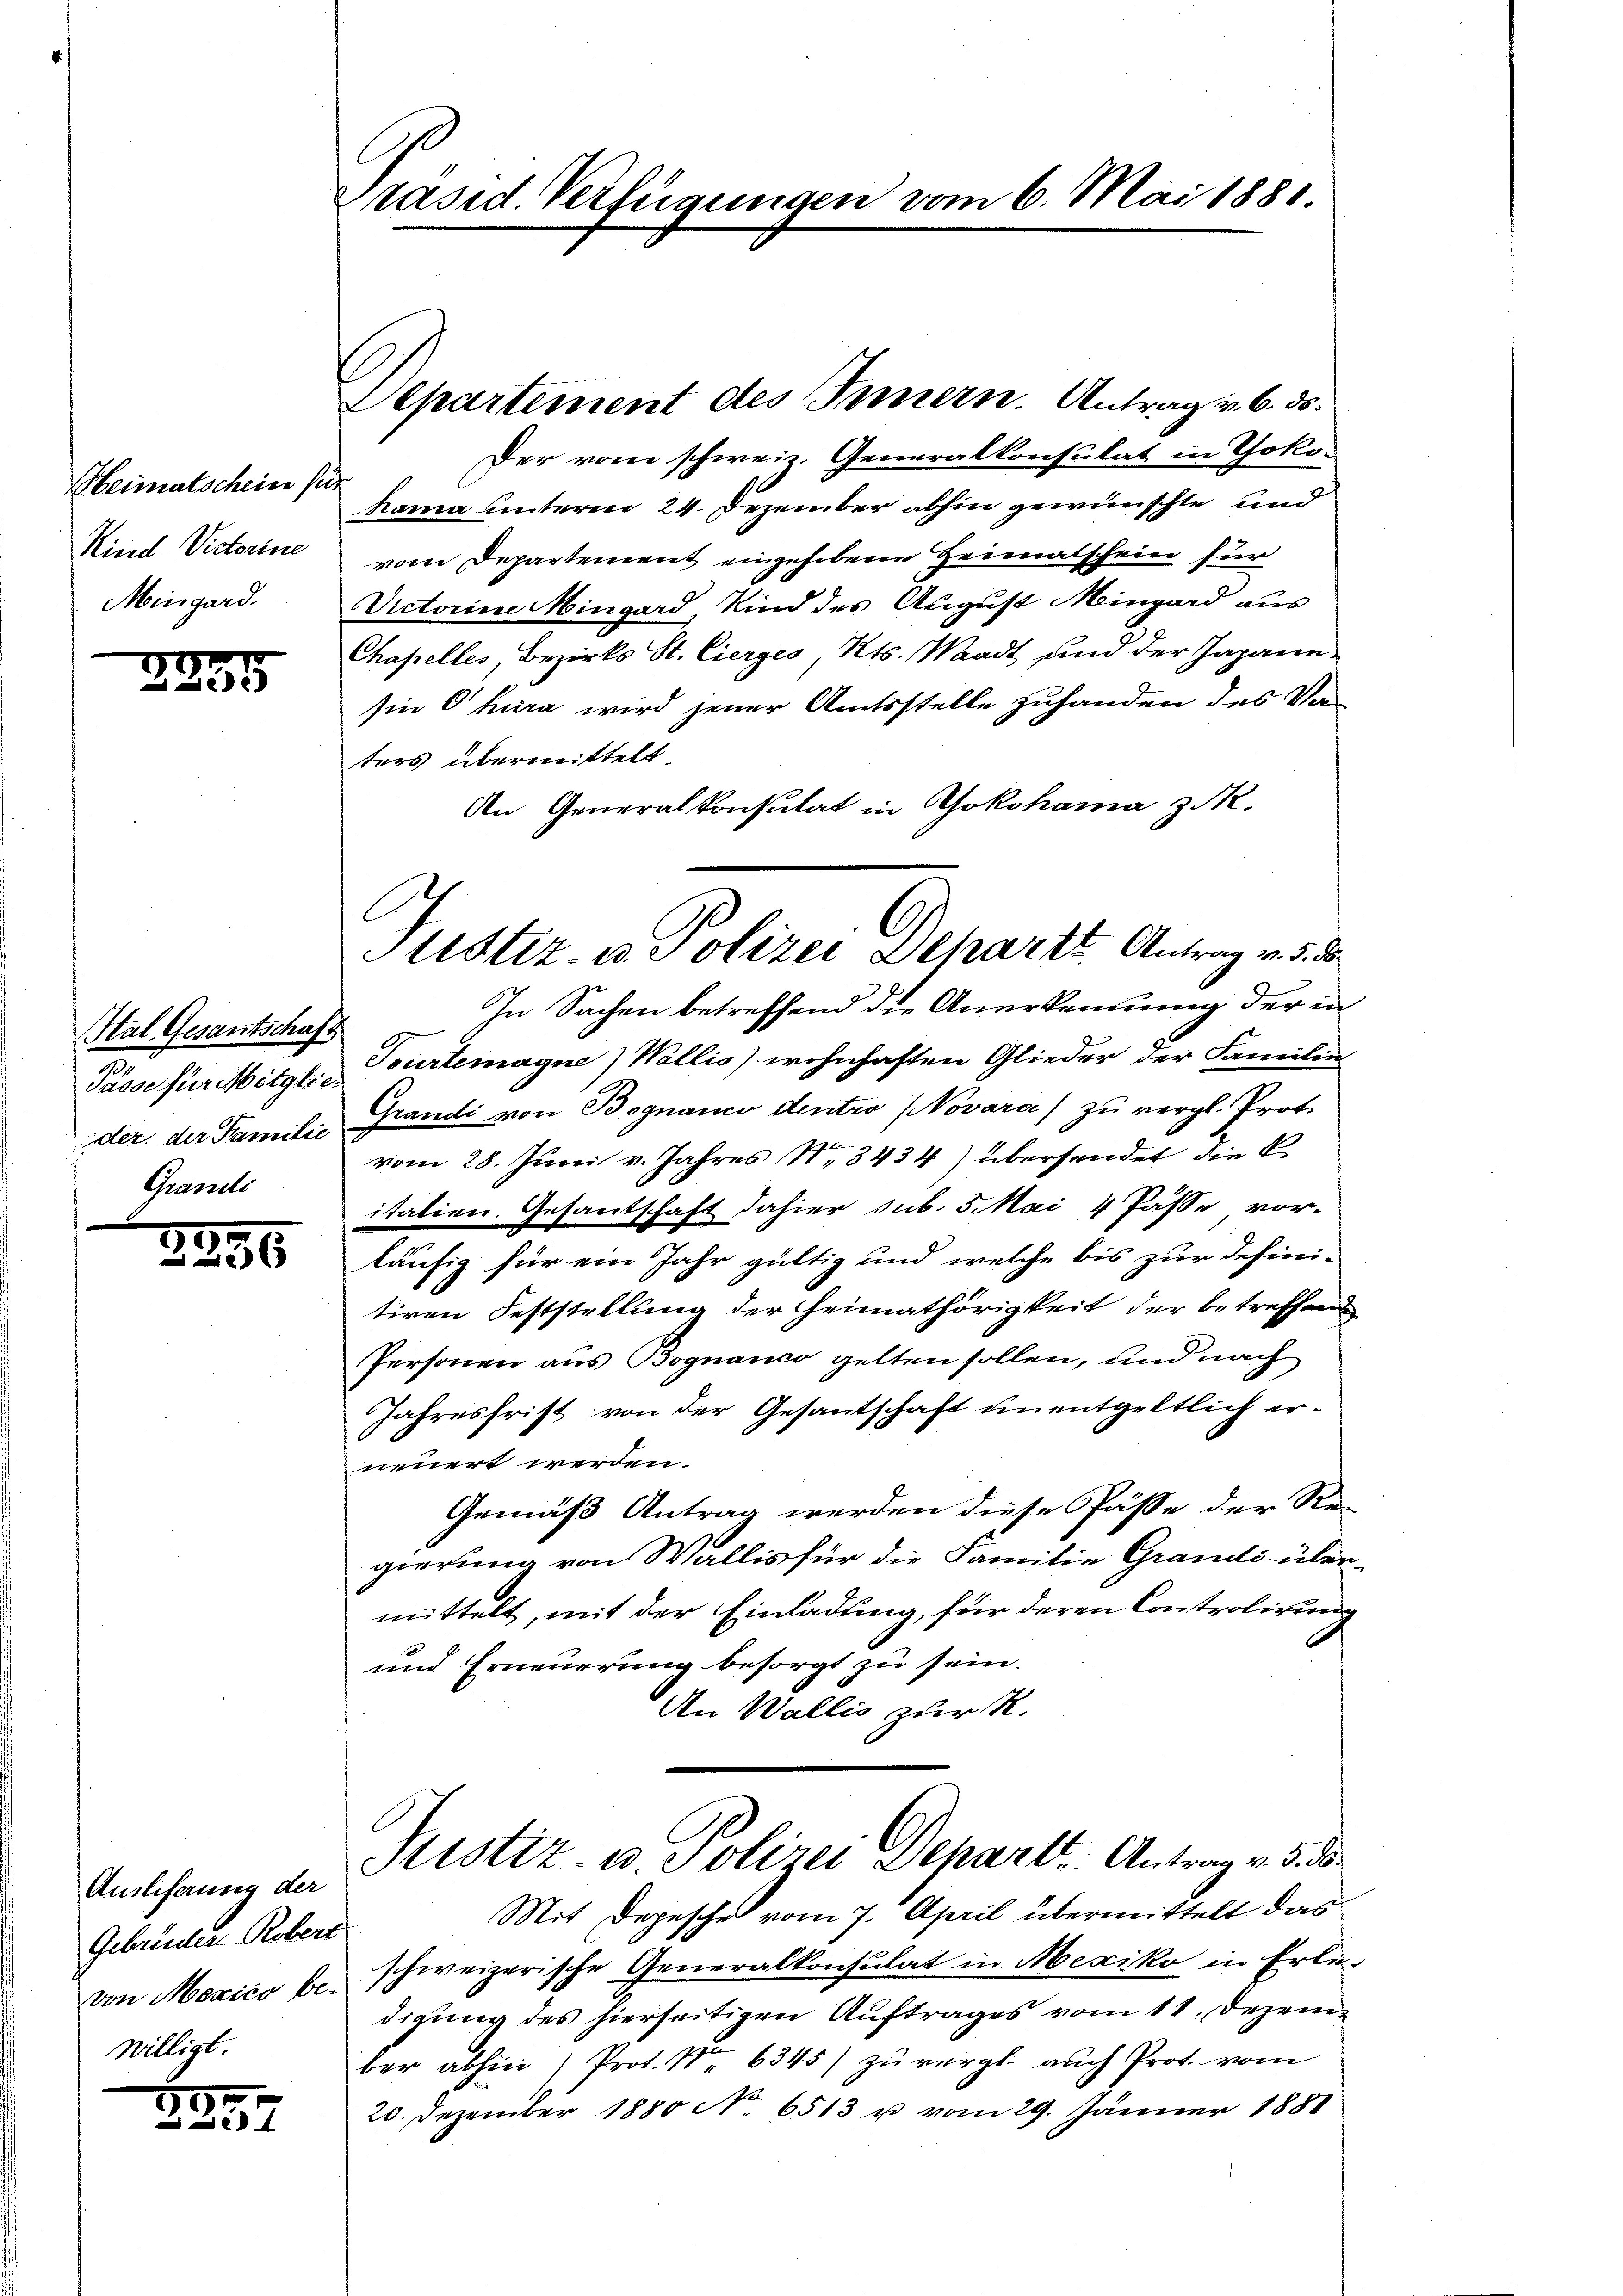
Heimatscheine sie.
Kind Victorine
Mingard.

225

Hal. Gesantschaft
der, der Familie
Grandi

2236

Anslisaung der
Gebrüder Robert
von Mexico bewilligt.

2257

Präsid. Verfügungen vom 6. Mai 1881.

Aepartement des Innern. Antrag v. 6. ds.
Der vom schweiz. Generalkonsulat in Yoko¬
Nama unterm 24. Dezember abhin gewünschte und
vom Departement eingehobene Heimatschein für
Victorine Mingard, Kind des August Mingard aus
Chapelles, Bezirks St. Cierges Kts. Waadt und der Japann
sin Chura wird jener Amtsstelle zuhanden des Vor-
ters übermittelt.
An Generalkonsulat in Yokohama z. R.
In Sachen betreffend die Anerkennung der in
Pässe für Mitglie Gurtemagne) Wallis) wohnhaften Glieder der Familie
Grandi von Bognano dentro NNovara) zu vergl. Prot.
f
vom 28. Juni v. Jahres N. 3434) übersendet die k
italien. Gesantschaft dahier sub. 5 Mai 4 Pässe vor-
läufig für ein Jahr gültig und welche bis zur defini-
tiren Feststellung der Heimathörigkeit der betreffende
Personen aus Bognanco gelten sollen, und nach
Jahresfrist von der Gesantschaft unentgeltlich er-
neuert werden.
Gemäß Antrag werden diese Pässe der Re-
gierung von Wallis für die Familie Grandi über-
mittelt, mit der Einladung, für deren Controlirung
und Erneuerung besorgt zu sein.
An Wallis zur R.
Justiz- u. Polizei Departe. Antrag v. 5. ds
Mit Depesche vom 7. April übermittelt das
schweizerische Generalkonsulat in Mexiko in Erle
digung des hierseitigen Auftrages vom 11. Dezem
ber abhini Prot. Nr. 6345) zŭ vergl. auch Prot. vom
20. Dezember 1880 N. 6513 u vom 29. Jänner 1881

Justiz- u. Polizei Separts Antrag v. 5. d